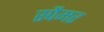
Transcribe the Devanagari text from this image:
स्पैमर